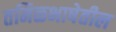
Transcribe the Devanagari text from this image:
तमिळभाषेतील